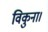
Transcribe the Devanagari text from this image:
विकुना।